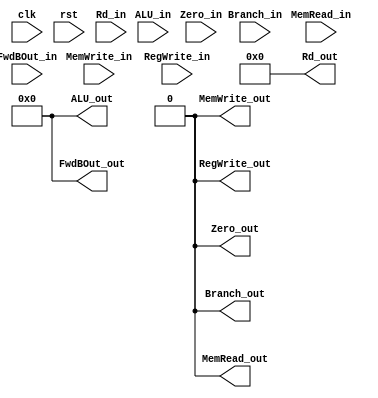
module EXMEMReg (
    input       clk,    // Clock
    // input clk_en,    // Clock Enable
    input       rst,    // Asynchronous reset
    // MEM signal
    input       Branch_in,
    input       MemRead_in,
    input       MemWrite_in,
    // WB signal
    input       RegWrite_in,
    // ALU signal
    input       Zero_in,
    // data
    input[31:0] ALU_in,
    input[31:0] FwdBOut_in,
    input[4:0]  Rd_in,

    // MEM signal
    output      Branch_out,
    output      MemRead_out,
    output      MemWrite_out,
    // WB signal
    output      RegWrite_out,
    // ALU signal
    output       Zero_out,
    // data
    output[31:0]ALU_out,
    output[31:0]FwdBOut_out,
    output[4:0] Rd_out
);

// 74 bit
reg[73:0] StageReg;
assign {
    Branch_out            ,
    MemRead_out           ,
    MemWrite_out          ,
    RegWrite_out          ,
    Zero_out              ,
    ALU_out         [31:0],
    FwdBOut_out     [31:0],
    Rd_out          [4:0]
} = StageReg;

always @(posedge rst) begin
    StageReg <= 74'b0;
end

initial begin
    StageReg <= 74'b0;
end

always @(posedge clk) begin
    StageReg <= {
        Branch_in         ,
        MemRead_in        ,
        MemWrite_in       ,
        RegWrite_in       ,
        Zero_in           ,
        ALU_in      [31:0],
        FwdBOut_in  [31:0],
        Rd_in       [4:0]
    };
end



endmodule